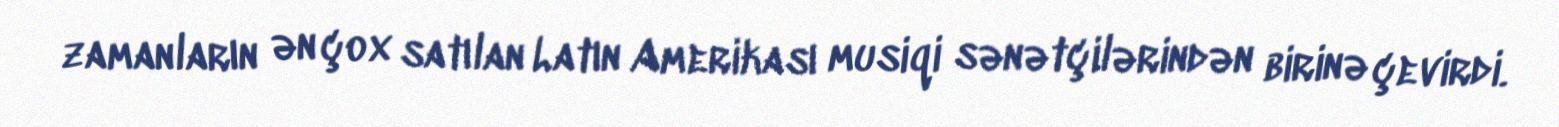
zamanların ən çox satılan Latın Amerikası musiqi sənətçilərindən birinə çevirdi.